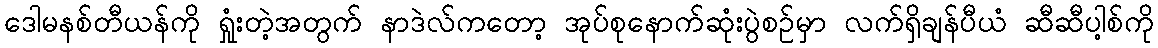
ဒေါမနစ်တီယန်ကို ရှုံးတဲ့အတွက် နာဒဲလ်ကတော့ အုပ်စုနောက်ဆုံးပွဲစဉ်မှာ လက်ရှိချန်ပီယံ ဆီဆီပါ့စ်ကို